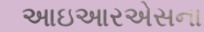
આઇઆરએસના